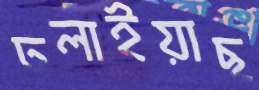
ঢলাইয়াছ